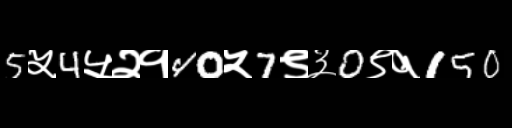
Text: 5५4५२१40५7९३0९१150